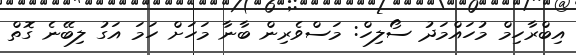
އިބްރާހިމް މުހައްމަދު ސޯލިހް: މަސްވެރިން ބާނާ މަހަށް ހަމަ އަގު ލިބޭނެ ގޮތް